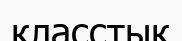
класстық